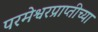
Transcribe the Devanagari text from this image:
परमेश्वरप्राप्तीच्या